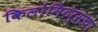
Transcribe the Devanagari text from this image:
किलोमिटर्सचा